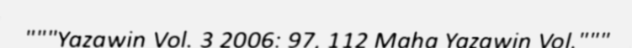
"""Yazawin Vol. 3 2006: 97, 112 Maha Yazawin Vol."""